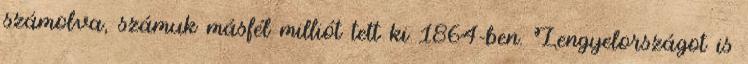
számolva, számuk másfél milliót tett ki 1864-ben. Lengyelországot is